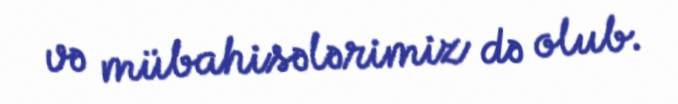
və mübahisələrimiz də olub.